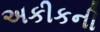
અકીકની